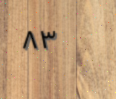
٨٣